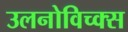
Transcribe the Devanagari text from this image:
उलनोविच्क्स